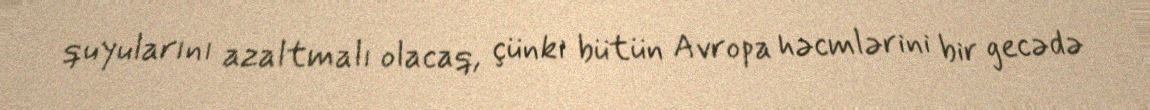
quyularını azaltmalı olacaq, çünki bütün Avropa həcmlərini bir gecədə